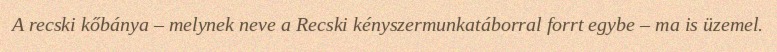
A recski kőbánya – melynek neve a Recski kényszermunkatáborral forrt egybe – ma is üzemel.